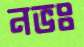
নভঃ